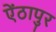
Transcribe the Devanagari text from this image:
ऐंठापुर